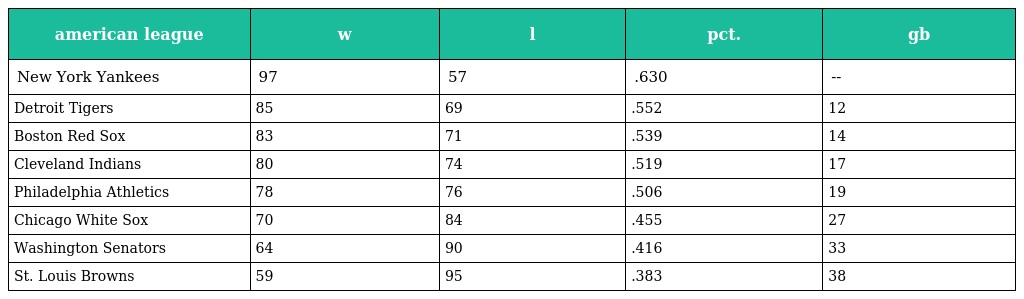
| american league | w | l | pct. | gb |
 | --- | --- | --- | --- | --- |
 | New York Yankees | 97 | 57 | .630 | -- |
 | Detroit Tigers | 85 | 69 | .552 | 12 |
 | Boston Red Sox | 83 | 71 | .539 | 14 |
 | Cleveland Indians | 80 | 74 | .519 | 17 |
 | Philadelphia Athletics | 78 | 76 | .506 | 19 |
 | Chicago White Sox | 70 | 84 | .455 | 27 |
 | Washington Senators | 64 | 90 | .416 | 33 |
 | St. Louis Browns | 59 | 95 | .383 | 38 |